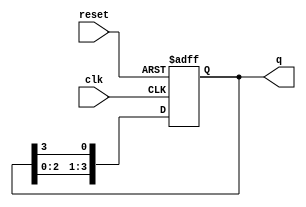
module ring_counter (
    input wire clk,      // Clock signal
    input wire reset,    // Asynchronous reset signal
    output reg [3:0] q   // 4-bit output representing the state of the counter
);

    // Always block triggered on the rising edge of clock or reset
    always @(posedge clk or posedge reset) begin
        if (reset) begin
            // Initialize the counter state
            q <= 4'b0001; // Start with the first flip-flop set to '1'
        end else begin
            // Shift the '1' to the next flip-flop
            q <= {q[2:0], q[3]}; // Rotate the bits
        end
    end

endmodule